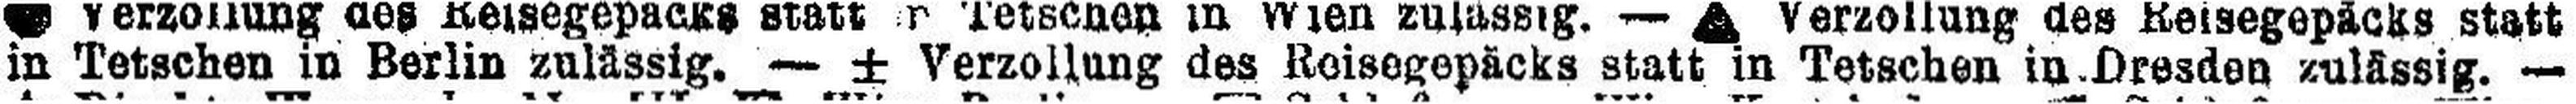
in Tetschen in Berlin zulässig. — ± Verzollung des Reisegepäcks statt in Tetschen in Dresden zulässig. —